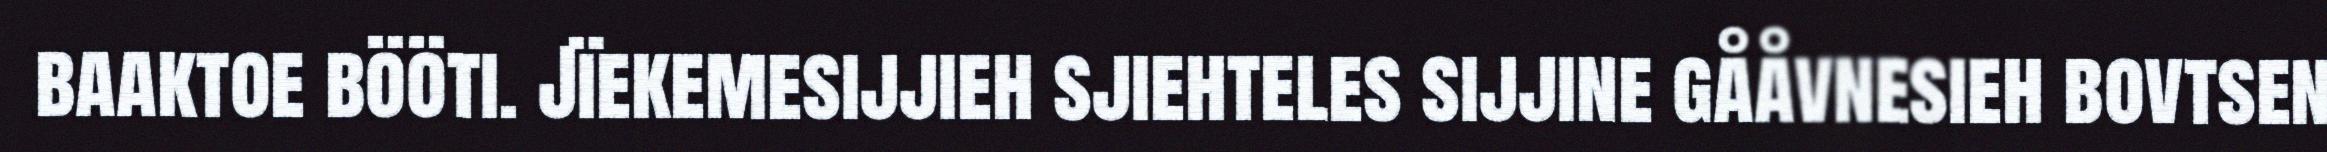
baaktoe bööti. Jïekemesijjieh sjiehteles sijjine gååvnesieh bovtsen